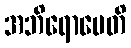
အဘိရောပေတိ